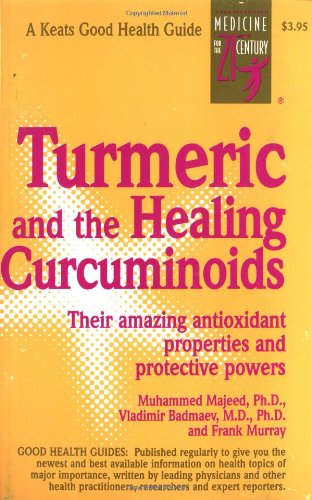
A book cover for Turmeric and the Healing Curcuminoids; Muhammed Majeed; Health, Fitness & Dieting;